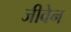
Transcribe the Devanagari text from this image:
जीवेन